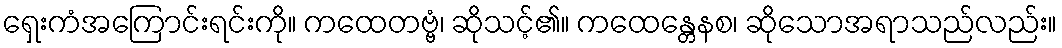
ရှေးကံအကြောင်းရင်းကို။ ကထေတဗ္ဗံ၊ ဆိုသင့်၏။ ကထေန္တေနစ၊ ဆိုသောအရာသည်လည်း။